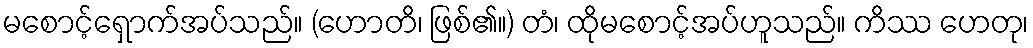
မစောင့်ရှောက်အပ်သည်။ (ဟောတိ၊ ဖြစ်၏။) တံ၊ ထိုမစောင့်အပ်ဟူသည်။ ကိဿ ဟေတု၊